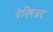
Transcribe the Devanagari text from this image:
येनिपज़र